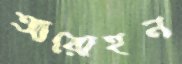
আরোহন